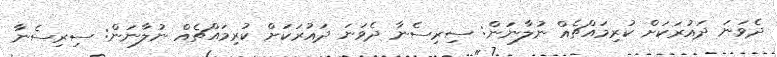
ދެވަނަ ދައުރަކަށް ކުރިމައްޗެއް ނުލާނަން: ސިރިސެނާ ދެވަނަ ދައުރަކަށް ކުރިމައްޗެއް ނުލާނަން: ސިރިސެނާ